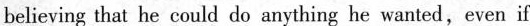
helieving that he could do amything he wanted,even if